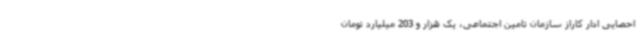
احصایی ادار کاراز سازمان تامین اجتماعی، یک هزار و 203 میلیارد تومان